画像に写った文字を読んでください
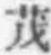
「茂」と書いてあります